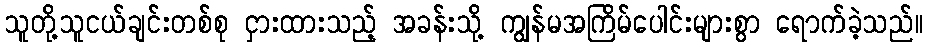
သူတို့သူငယ်ချင်းတစ်စု ငှားထားသည့် အခန်းသို့ ကျွန်မအကြိမ်ပေါင်းများစွာ ရောက်ခဲ့သည်။